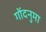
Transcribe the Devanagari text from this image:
गोंदनुमा